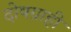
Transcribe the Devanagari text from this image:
दोषग्राही